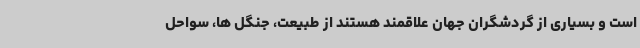
است و بسیاری از گردشگران جهان علاقمند هستند از طبیعت، جنگل ها، سواحل